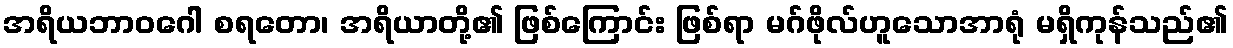
အရိယဘာဝဂေါ စရတော၊ အရိယာတို့၏ ဖြစ်ကြောင်း ဖြစ်ရာ မဂ်ဖိုလ်ဟူသောအာရုံ မရှိကုန်သည်၏